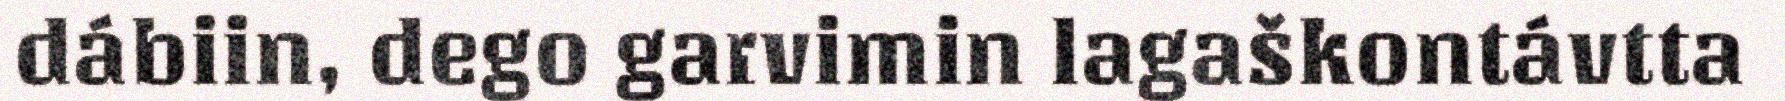
dábiin, dego garvimin lagaškontávtta